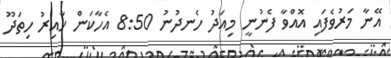
އޭނާ މަރުވެފައި އޮއްވާ ފެނުނީ މިއަަދު ހެނދުނު 8:50 އެހާކަން ހާއިރު ހިތަދޫ